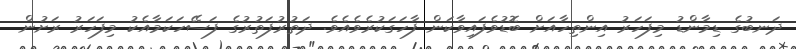
ދަނބުގެ ޑިމާންޑު މިފަހަރު އިންތިހާއަށް ބޮޑުވެފައިވާކަން ފާހަގަކުރެވެއެވެ. ދަތުރުފަތުރުގެ ފަސޭހަކަމާއެކު މިފަހަރު ރަށުން